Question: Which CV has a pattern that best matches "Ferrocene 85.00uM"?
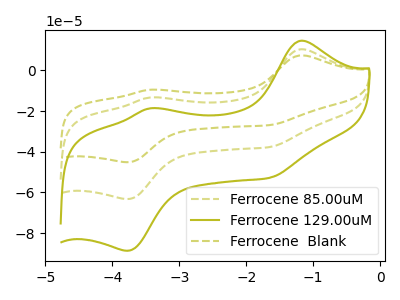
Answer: <think>The olive dashed curve "Ferrocene 85.00uM" has anodic peaks at (-1.20V, 10.45uA) (-3.45V, -13.30uA) and cathodic peaks at (-3.75V, -63.30uA) (-1.65V, -37.65uA). The olive curve "Ferrocene 129.00uM" has anodic peaks at (-1.20V, 14.65uA) (-3.45V, -18.70uA) and cathodic peaks at (-3.75V, -88.70uA) (-1.65V, -52.80uA). The olive dashed curve "Ferrocene  Blank" has anodic peaks at (-1.20V, 20.90uA) (-3.45V, -26.65uA) and cathodic peaks at (-3.75V, -126.55uA) (-1.65V, -75.35uA).
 All the peaks in "Ferrocene 85.00uM" have a peak in "Ferrocene 129.00uM" at the same potential. All the peaks in "Ferrocene 85.00uM" have a peak in "Ferrocene  Blank" at the same potential. All the peaks in "Ferrocene 129.00uM" have a peak in "Ferrocene  Blank" at the same potential.</think>
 <answer>"Ferrocene 85.00uM" and "Ferrocene  Blank" have a similar shape to "Ferrocene 129.00uM".</answer>
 <eval>"Ferrocene 85.00uM" "Ferrocene  Blank"</eval>